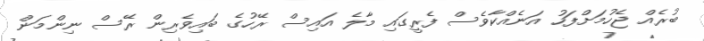
ބުރެއް ޖެހުމަށްފަހު އަނެއްކާވެސް ފެރީގައި މާލެ އައިސް ރޭހުގެ ބައިވެރިން ރޭސް ނިންމަން